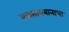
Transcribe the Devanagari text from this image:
वारसास्थानाचा